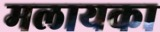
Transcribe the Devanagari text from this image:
मलायका